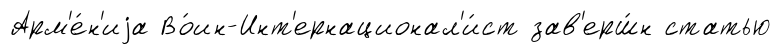
Арм'е́н'иjа Во́ин-Инт'ернационал'и́ст зав'ерш́н статью